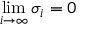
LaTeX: \operatorname* { l i m } _ { i \to \infty } \sigma _ { i } = 0